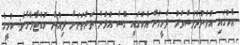
އެކުގައި އުޅުނުދުވަސްވަރު ދެމީހުން އެކުގައި ގޮސް އުޅުން ތަންތަނަށް ދިއުން ހުއްޓާލާށެވެ: ކުރީގެ